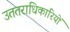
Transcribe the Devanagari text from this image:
उततराधिकारियों